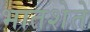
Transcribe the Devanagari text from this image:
भातशेते